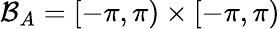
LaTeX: \mathcal{B}_{A}=[-\pi,\pi)\times[-\pi,\pi)